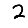
Digit: 2